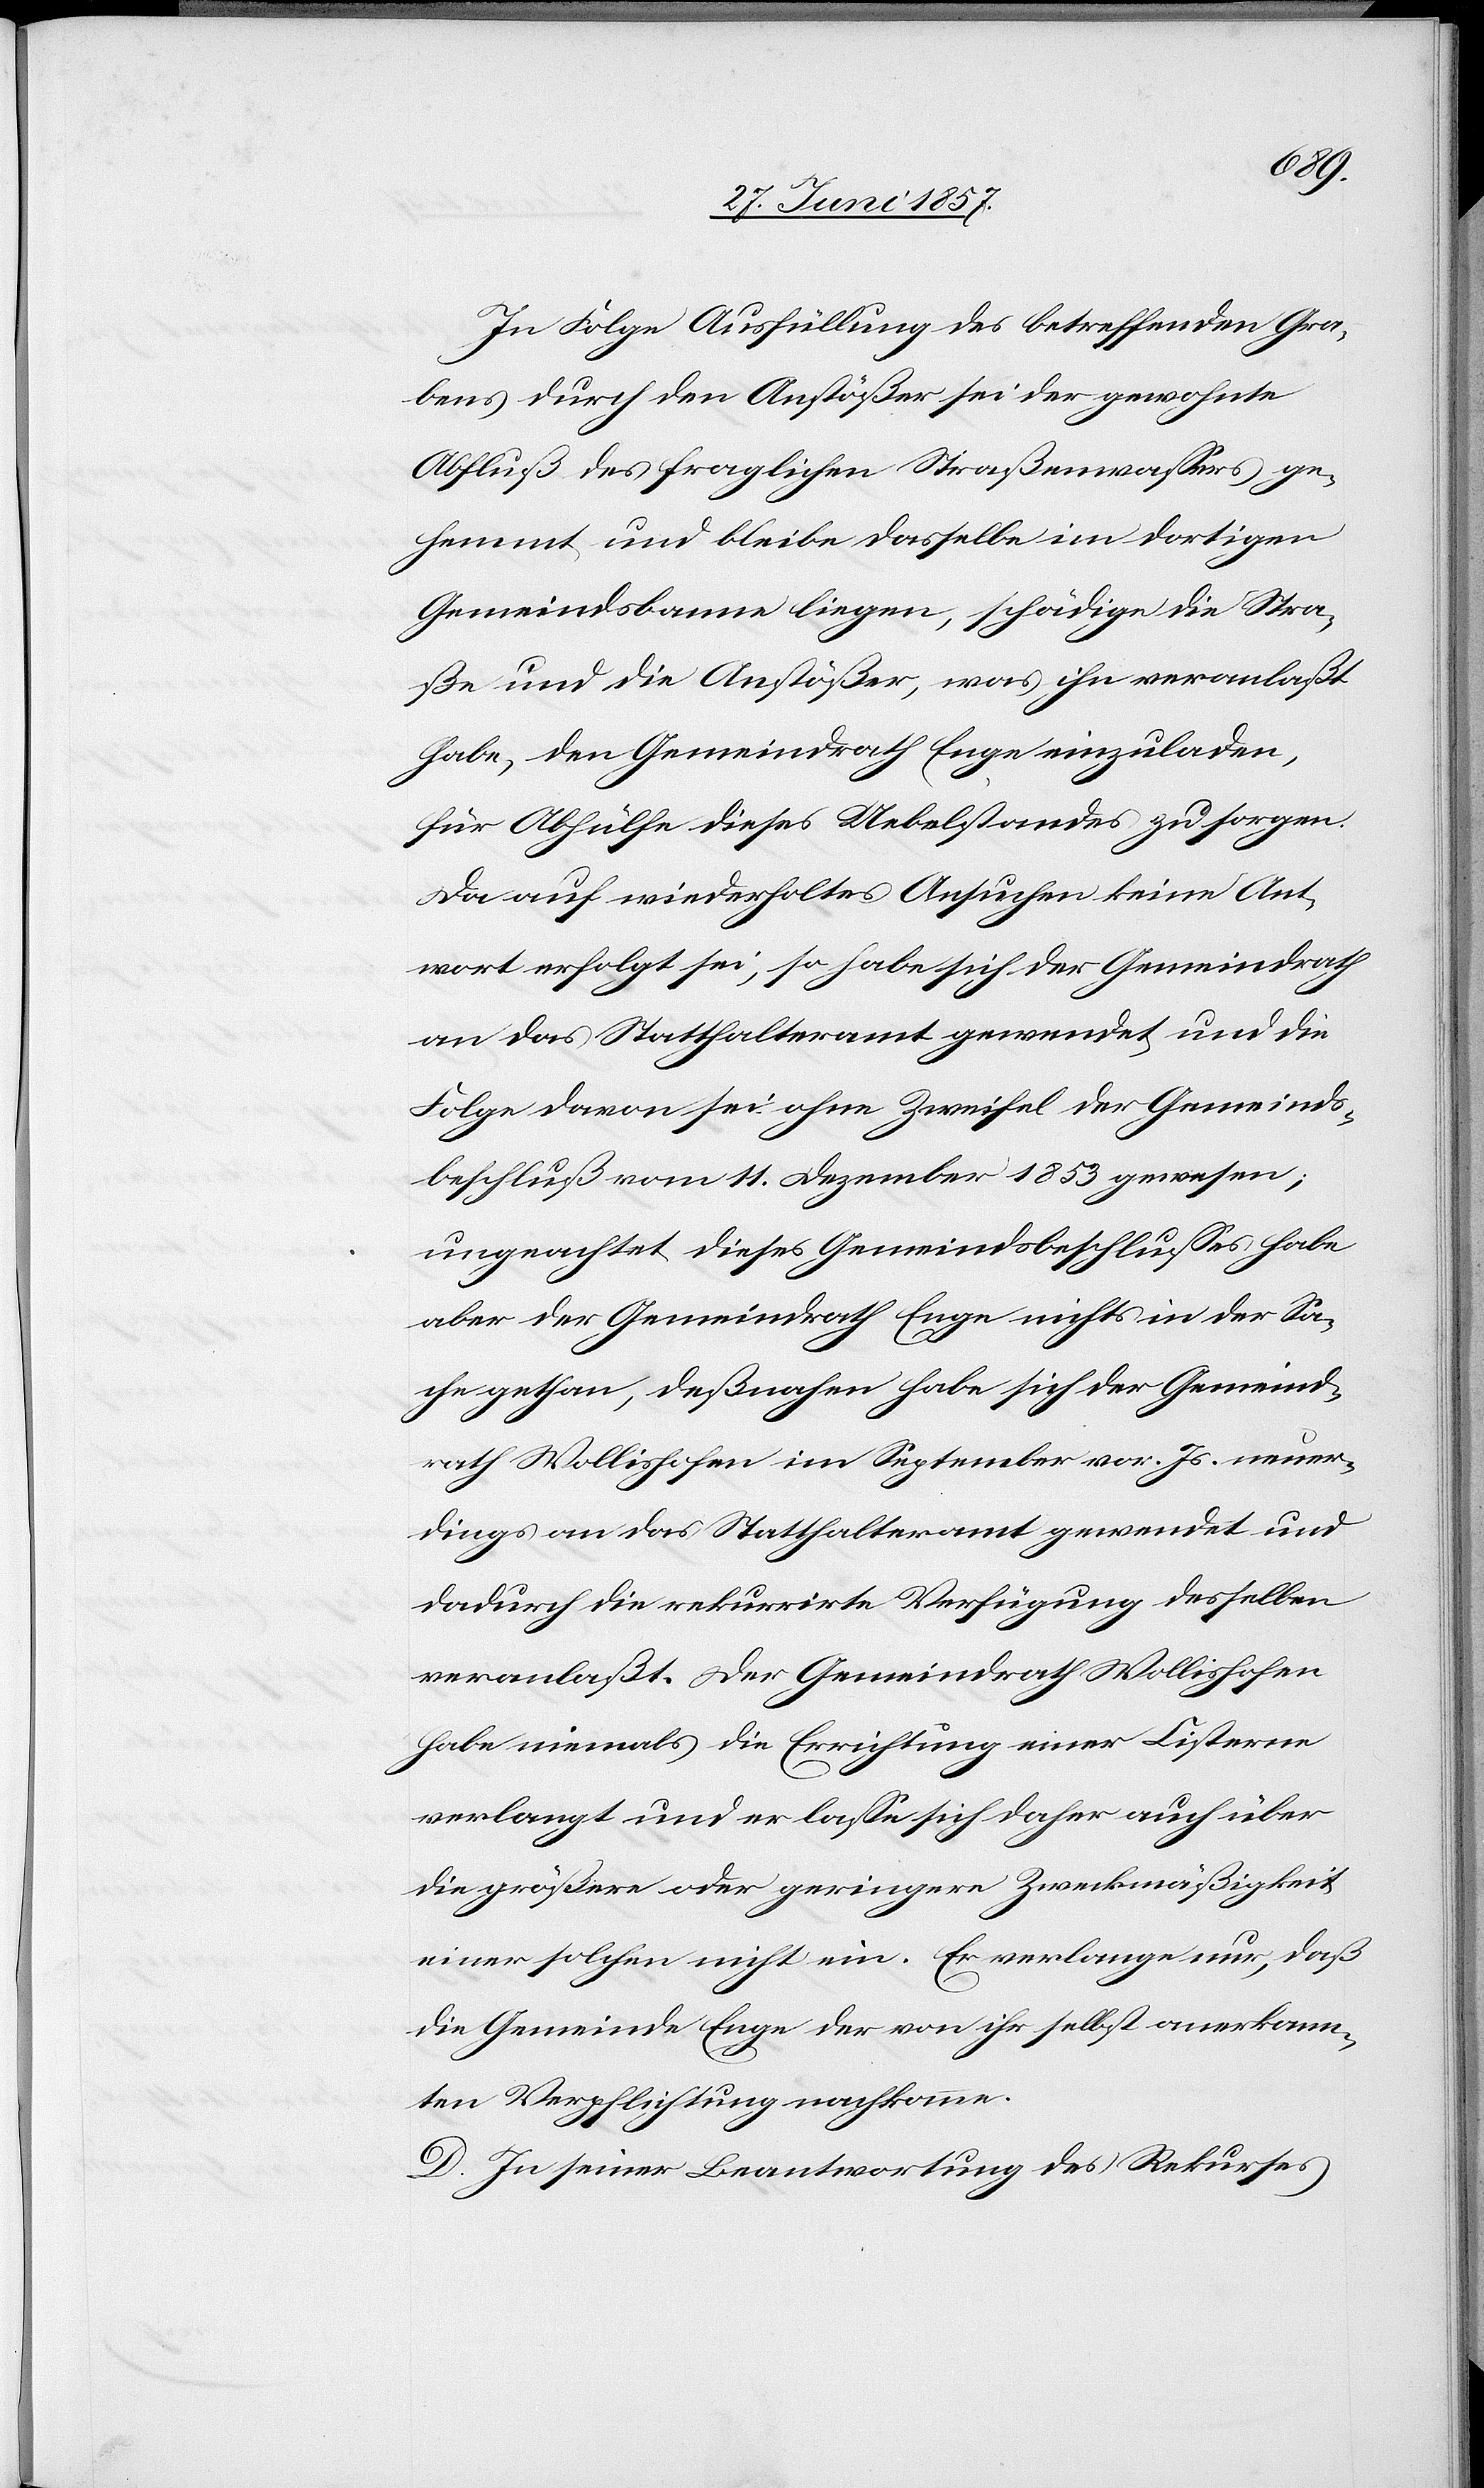
In Folge Ausfüllung des betreffenden Gra¬
bens durch den Anstößer sei der gewohnte
Abfluß des fraglichen Straßenwassers ge¬
hemmt und bleibe dasselbe im dortigen
Gemeindsbanne liegen, schädige die Stra¬
ße und die Anstößer, was ihn veranlaßt
habe, den Gemeindrath Enge einzuladen,
für Abhülfe dieses Uebelstandes zu sorgen.
Da auf wiederholtes Ansuchen keine Ant¬
wort erfolgt sei, so habe sich der Gemeindrath
an das Statthalteramt gewendet und die
Folge davon sei ohne Zweifel der Gemeinds¬
beschluß vom 11 Dezember 1853 gewesen;
ungeachtet dieses Gemeindsbeschlusses habe
aber der Gemeindrath Enge nichts in der Sa¬
che gethan, deßnahen habe sich der Gemeind¬
rath Wollishofen im September vor. Js. neuer¬
dings an das Statthalteramt gewendet und
dadurch die rekurrirte Verfügung desselben
veranlaßt. Der Gemeindrath Wollishofen
habe niemals die Errichtung einer Cisterne
verlangt und er lasse sich daher auch über
die größere oder geringere Zweckmäßigkeit
einer solchen nicht ein. Er verlange nur, daß
die Gemeinde Enge der von ihr selbst anerkann¬
ten Verpflichtung nachkomme.
D. In seiner Beantwortung des Rekurses